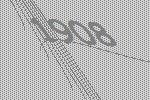
1908